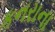
કનરાના